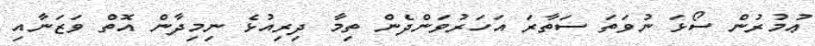
ޢުމުރުން ސޯޅަ ނުވަތަ ސަތާރަ އަހަރުވަންދެން ތިމާ ދިރިއުޅެ ނިމިދާން އޮތް ވަޒަނާއި